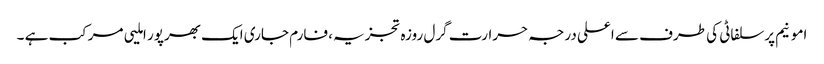
امونیم پرسلفاٹی کی طرف سے اعلی درجہ حرارت گرل روزہ تجزیہ، فارم جاری ایک بھرپور املیی مرکب ہے ۔